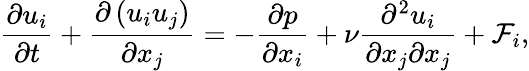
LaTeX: \frac{{\partial{u_{i}}}}{{\partial t}}+\frac{{\partial\left({{u_{i}}{u_{j}}}\right)}}{{\partial{x_{j}}}}=-\frac{{\partial p}}{{\partial{x_{i}}}}+\nu\frac{{{\partial^{2}}{u_{i}}}}{{\partial{x_{j}}\partial{x_{j}}}}+{{\mathcal F}_{i}},